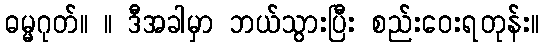
ဓမ္မဂုတ်။ ။ ဒီအခါမှာ ဘယ်သွားပြီး စည်းဝေးရတုန်း။